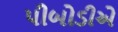
પીબોડીએ